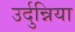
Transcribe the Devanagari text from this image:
उर्दुन्निया